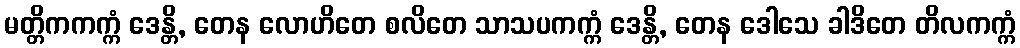
မတ္တိကကက္ကံ ဒေန္တိ, တေန လောဟိတေ စလိတေ သာသပကက္ကံ ဒေန္တိ, တေန ဒေါသေ ခါဒိတေ တိလကက္ကံ